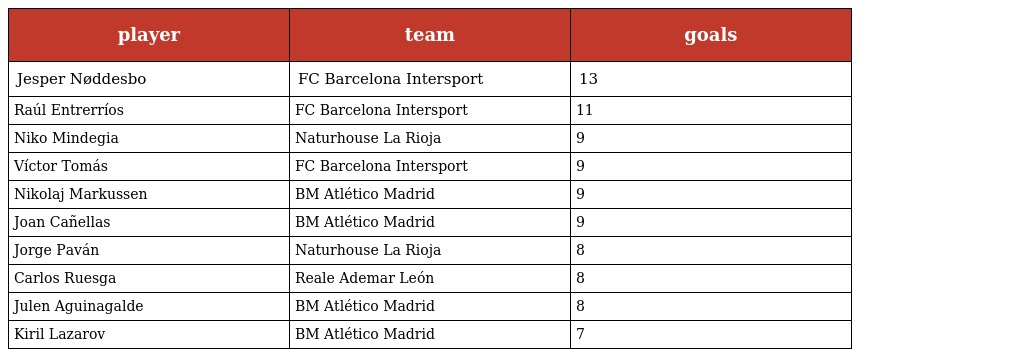
| player | team | goals |
 | --- | --- | --- |
 | Jesper Nøddesbo | FC Barcelona Intersport | 13 |
 | Raúl Entrerríos | FC Barcelona Intersport | 11 |
 | Niko Mindegia | Naturhouse La Rioja | 9 |
 | Víctor Tomás | FC Barcelona Intersport | 9 |
 | Nikolaj Markussen | BM Atlético Madrid | 9 |
 | Joan Cañellas | BM Atlético Madrid | 9 |
 | Jorge Paván | Naturhouse La Rioja | 8 |
 | Carlos Ruesga | Reale Ademar León | 8 |
 | Julen Aguinagalde | BM Atlético Madrid | 8 |
 | Kiril Lazarov | BM Atlético Madrid | 7 |